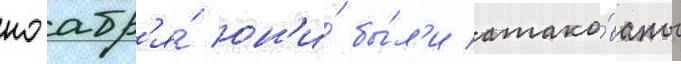
ноабр'я́ он'и́ бы́л'и атако́ваны